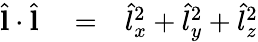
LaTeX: \begin{array}{rlr}{\hat{\mathbf l}\cdot\hat{\mathbf l}}&{{}=}&{\hat{l}_{x}^{2}+\hat{l}_{y}^{2}+\hat{l}_{z}^{2}}\end{array}